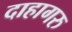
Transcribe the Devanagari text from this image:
दाहागरु